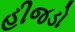
હીજડો